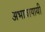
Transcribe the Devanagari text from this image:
अभावापायी